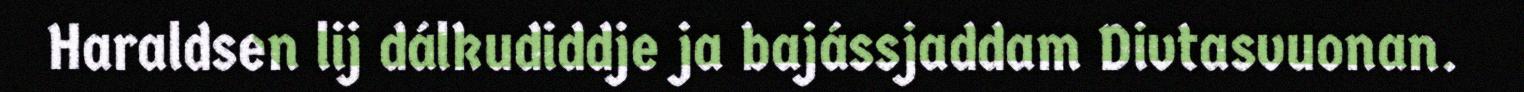
Haraldsen lij dálkudiddje ja bajássjaddam Divtasvuonan.